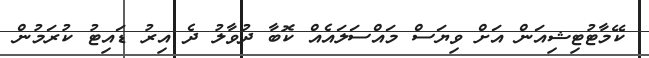
ކޭމާޓުޓިޝިއަން އަށް ވިޔަސް މައްސަލައެއް ކޮބާ ދުވާލު ދެ އިރު ޑައިޓު ކުރަމުން